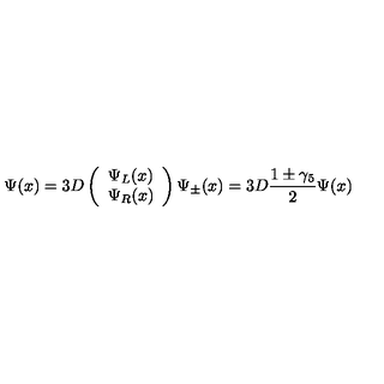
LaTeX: \Psi ( x ) = 3 D \left( \begin{array} { c } { \Psi _ { L } ( x ) } \\ { \Psi _ { R } ( x ) } \\ \end{array} \right) \Psi _ { \pm } ( x ) = 3 D \frac { 1 \pm \gamma _ { 5 } } { 2 } \Psi ( x )